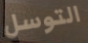
التوسل